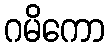
ဂမိကော